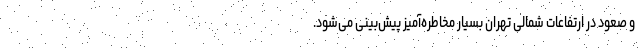
و صعود در ارتفاعات شمالی تهران بسیار مخاطره‌آمیز پیش‌بینی می‌شود.